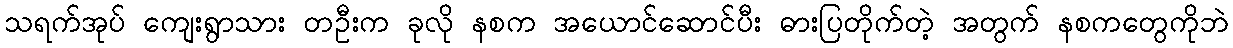
သရက်အုပ် ကျေးရွာသား တဦးက ခုလို နစက အယောင်ဆောင်ပီး ဓားပြတိုက်တဲ့ အတွက် နစကတွေကိုဘဲ